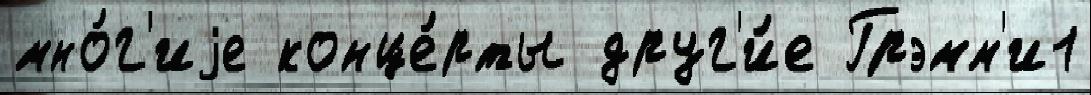
мно́г'иjе конце́рты друг'и́е Грэмм'и1